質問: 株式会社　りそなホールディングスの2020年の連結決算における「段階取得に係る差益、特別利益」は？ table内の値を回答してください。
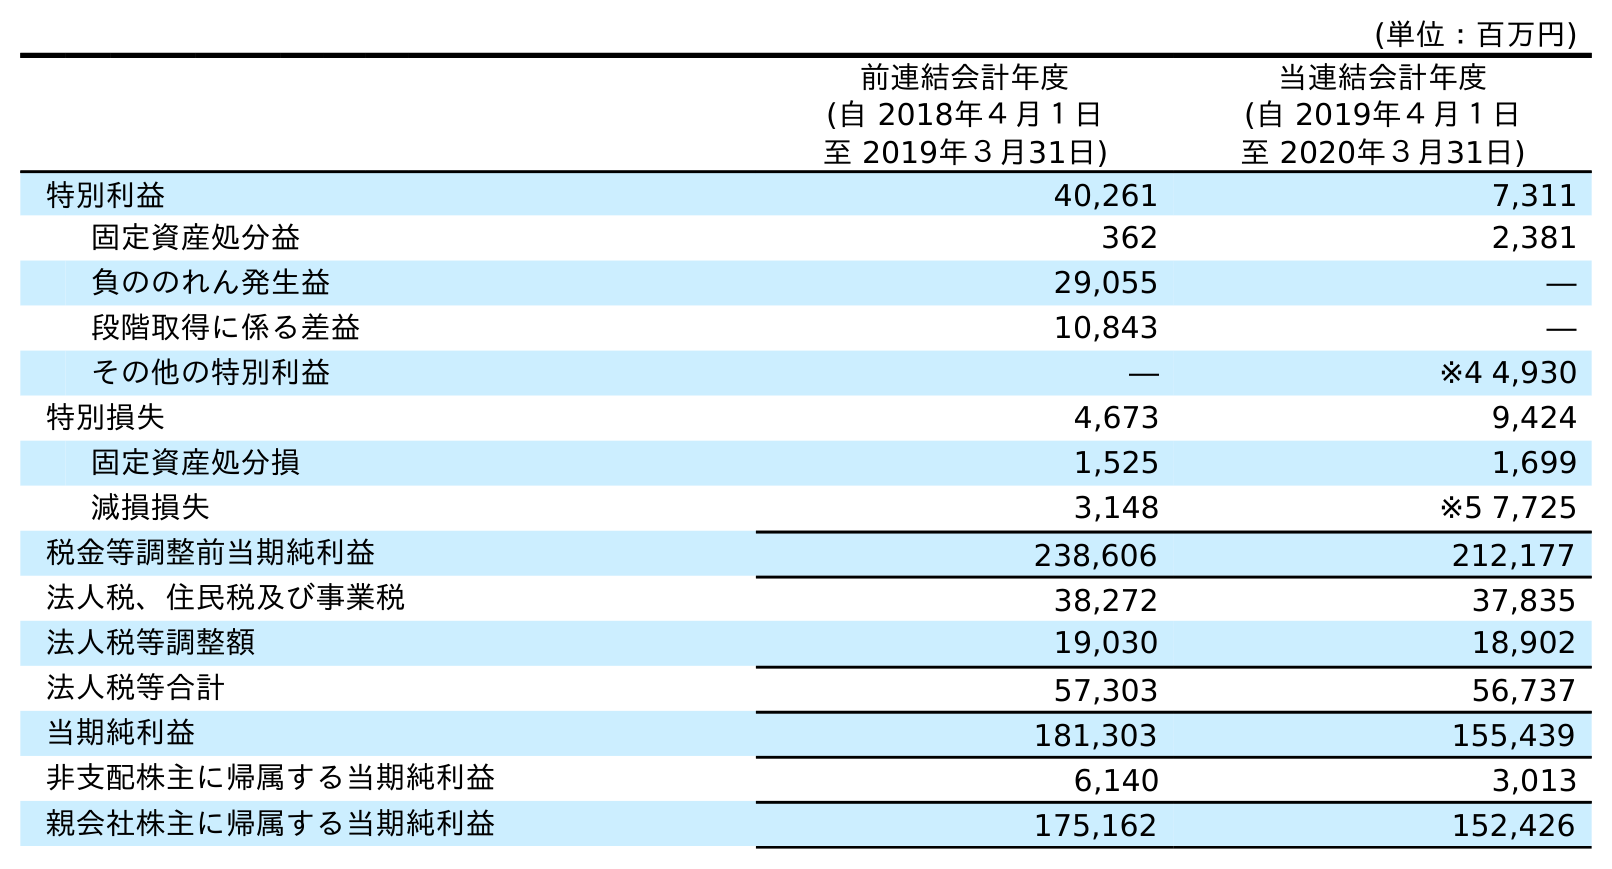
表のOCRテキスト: (単位：百万円) 前連結会計年度 (自 2018年４月１日 至 2019年３月31日) 当連結会計年度 (自 2019年４月１日 至 2020年３月31日) 特別利益 40,261 7,311 固定資産処分益 362 2,381 負ののれん発生益 29,055 ― 段階取得に係る差益 10,843 ― その他の特別利益 ― ※4 4,930 特別損失 4,673 9,424 固定資産処分損 1,525 1,699 減損損失 3,148 ※5 7,725 税金等調整前当期純利益 238,606 212,177 法人税、住民税及び事業税 38,272 37,835 法人税等調整額 19,030 18,902 法人税等合計 57,303 56,737 当期純利益 181,303 155,439 非支配株主に帰属する当期純利益 6,140 3,013 親会社株主に帰属する当期純利益 175,162 152,426
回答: ―